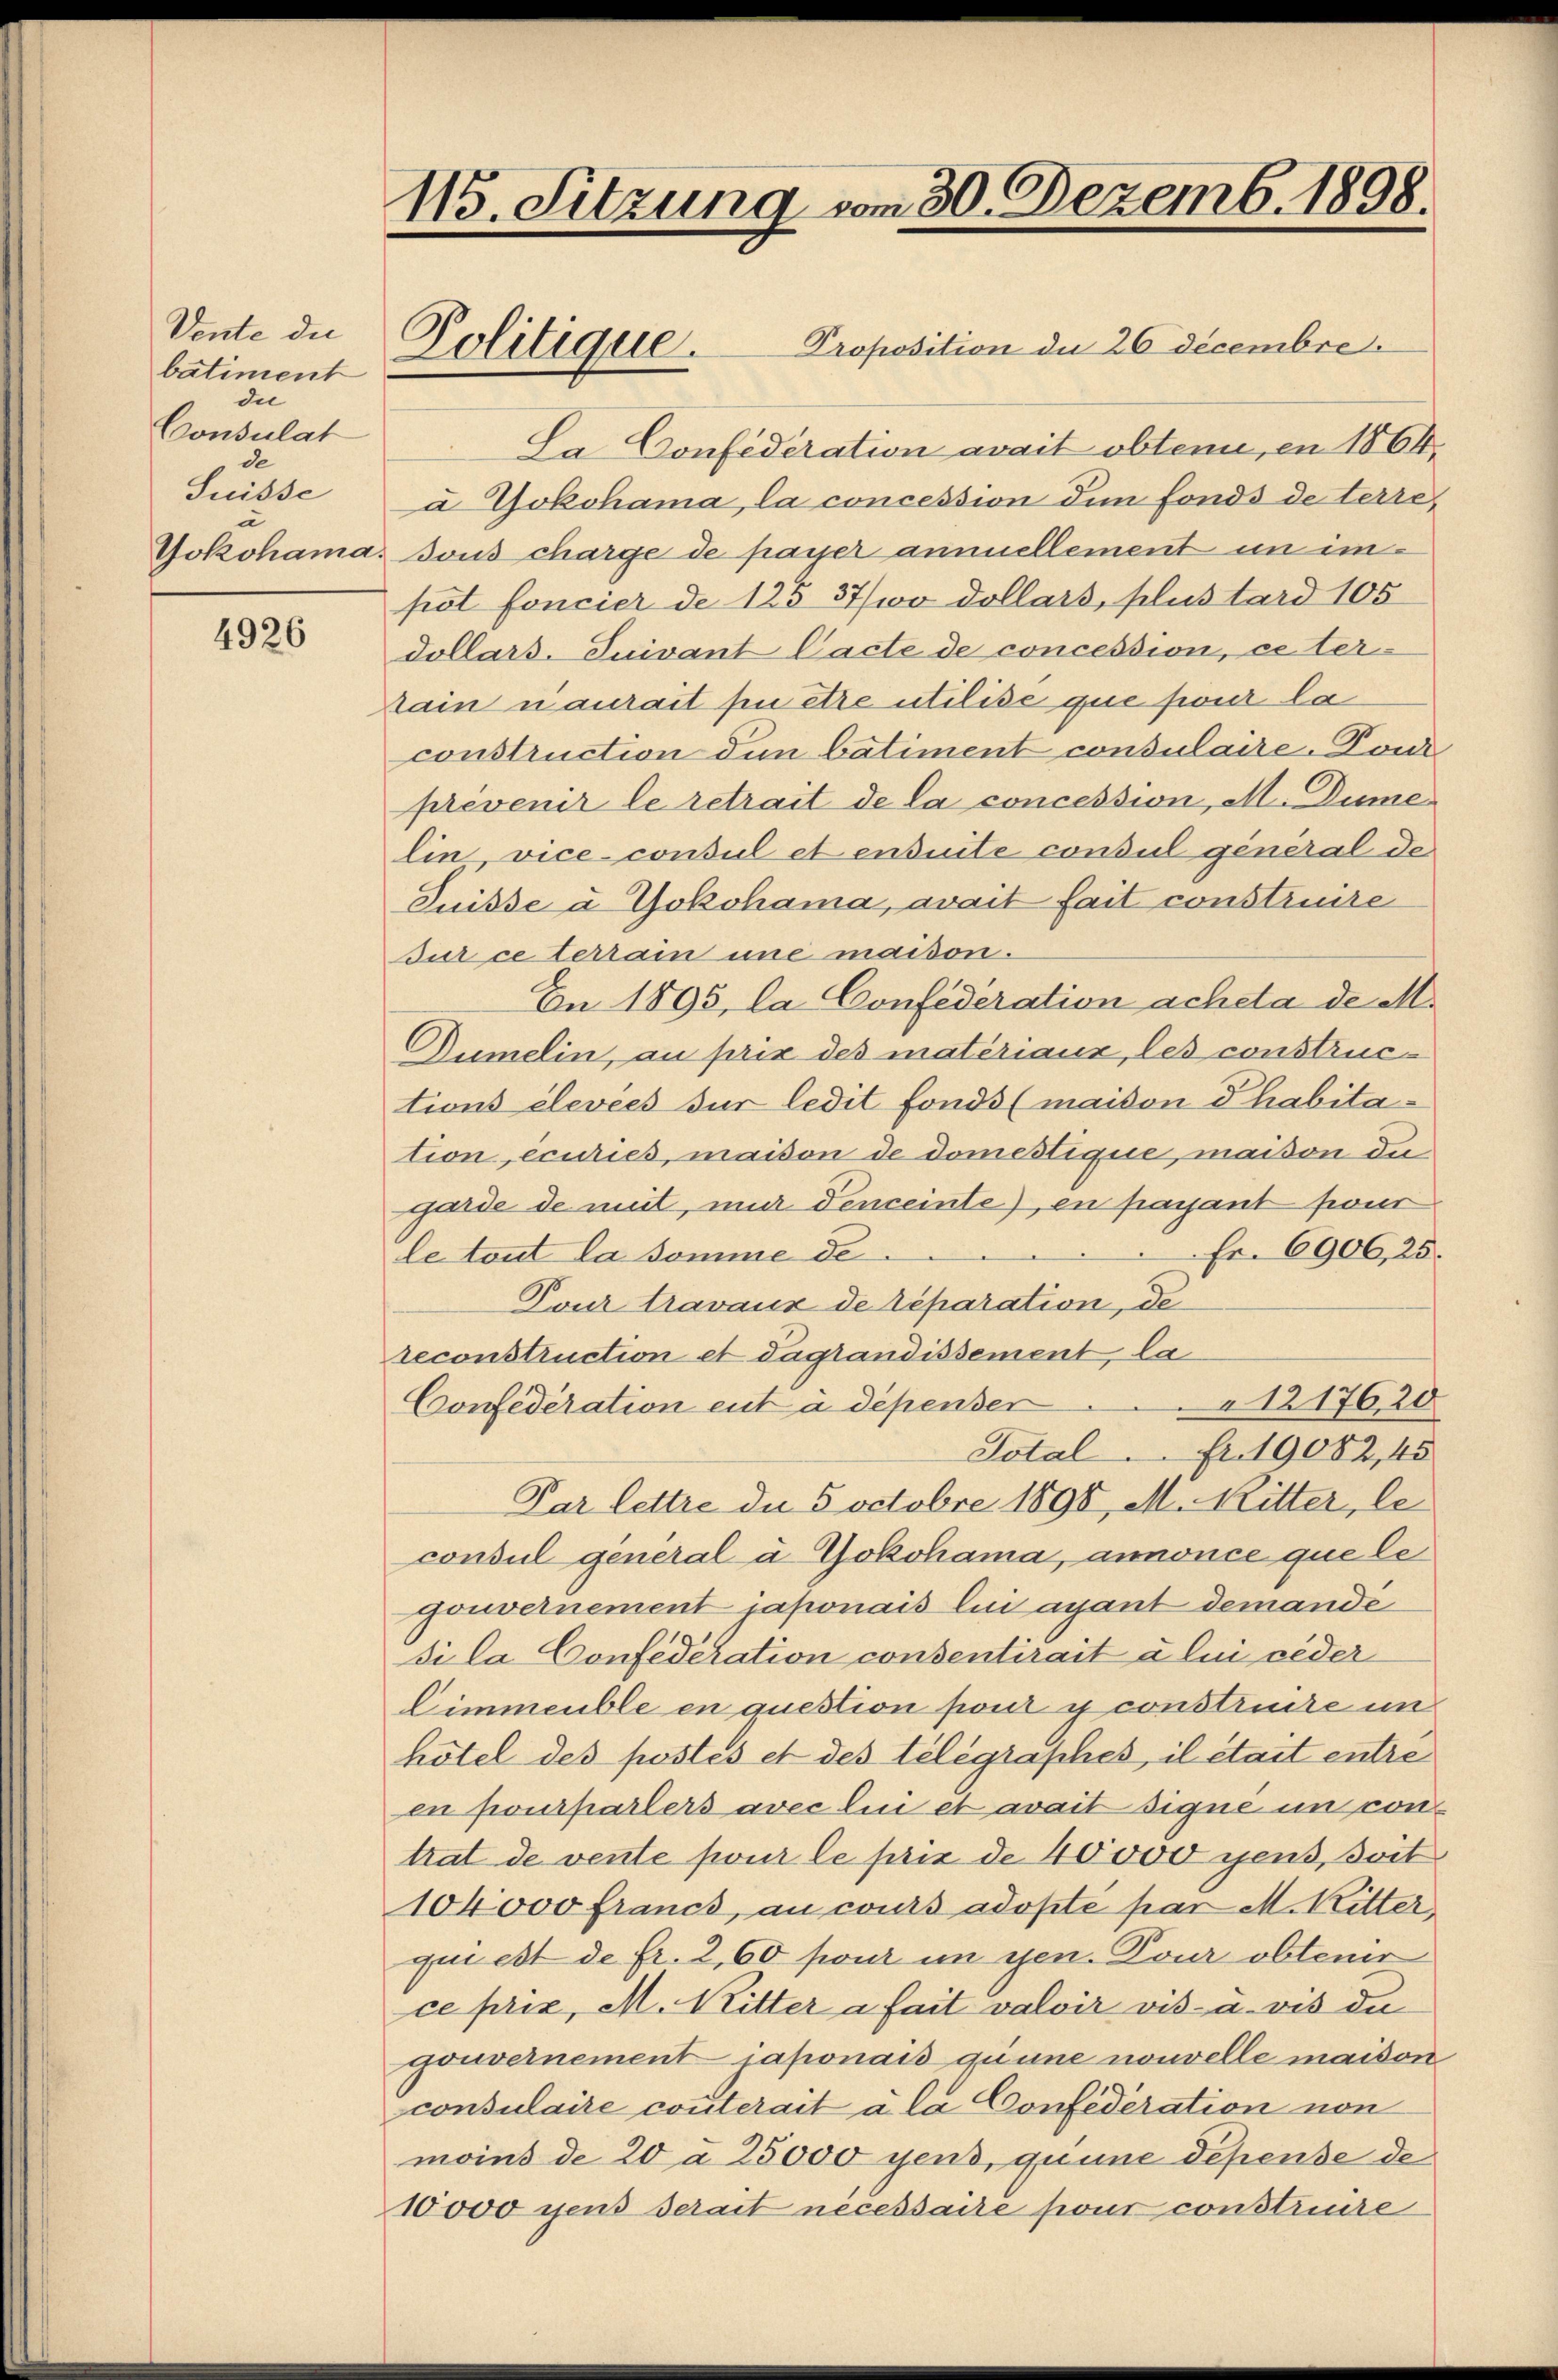
Vente die
batiment
die
Consulat
de
Suisse
u
Jokohama.

4926

115. Sitzung vom 30. Dezemb. 1898.
Proposition die 26 Decembre.
Politique.

Sa. Confederation avait obtenu, en 1864,
à Yokohama, la concession dem Fonds de terre
Bous charge de payer annuellement in impot foncier de 125 37/wo dollars, plus tard 105
dollars-Suivant Cacte de concession, ce terrain naurait pu être utilise que pour la
construction den batiment consulaire. Doni
prévenir le retrait de la concession, M. Dume
lin vice-consul et ensuite consul general de
Suisse à Yokohama, avait fait construire
dur ce terrain une maison.
En 1895, la Confederation achela de M.
Dumelin, au prix des matériaux, les constructions élevees für ledit fonds (maison Thabitation, ecuries, maison de domestique, maison die
garde de mit, nur denceinte, en payant prono
Fr. 6906, 25.
le tout la somme de
Pour travaux de réparation de
reconstruction et daglandissement la
1217620
Confederation ent à dépenser
Total Fr. 19082, 45
Par lettre de 5 octobre 1890, M. Ritter, le
consul general à Yokohama, annonce que le
gouvernement japonais lini ayant demande
sila Confederation consentirait à lui ceder
Eimmeuble en question frour y construire im
hötel des postés et des Telegraphes, il était entre
en pourparters avec lui et avait signe in contrat de vente pour le prix de 40000 gens, soit
104000 francs, au cours adopte par M. Ritter
qui est de fr. 2,60 pour im gen. Dour obtenir
ce prix, M. Ritter a fait valoir vis a vis du
gouvernement iaponais quine nouvelle maison
consulaire conterait à la Confederation von
moins de 20 a 25000 gens, quine dépense de
10000 gens serait necessaire pour constriere